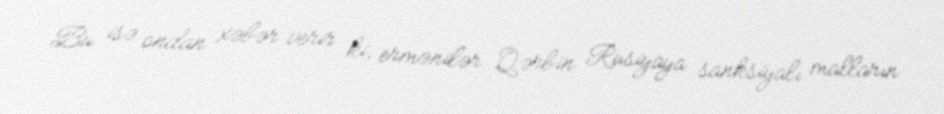
Bu isə ondan xəbər verir ki, ermənilər Qərbin Rusiyaya sanksiyalı malların